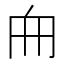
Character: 𠂥